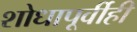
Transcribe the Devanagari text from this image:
शोधापूर्वीही